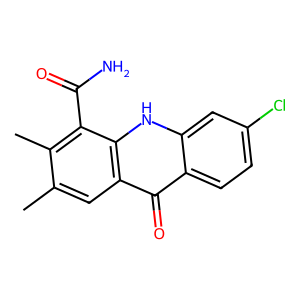
SMILES: Cc1cc2c(=O)c3ccc(Cl)cc3[nH]c2c(C(N)=O)c1C
Inhibits HIV replication: No